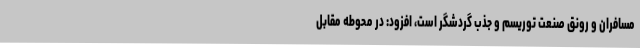
مسافران و رونق صنعت توریسم و جذب گردشگر است، افزود: در محوطه مقابل